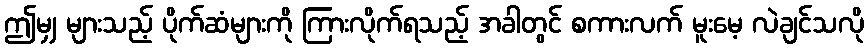
ဤမျှ များသည့် ပိုက်ဆံများကို ကြားလိုက်ရသည့် အခါတွင် စကားလက် မူးမေ့ လဲချင်သလို